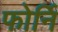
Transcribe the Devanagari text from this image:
फोर्नि